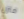
منزل